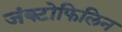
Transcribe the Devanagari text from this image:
जंक्टोफिलिन